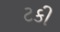
ટકી